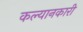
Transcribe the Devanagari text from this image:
कल्यानकारी